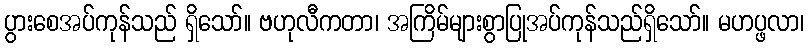
ပွားစေအပ်ကုန်သည် ရှိသော်။ ဗဟုလီကတာ၊ အကြိမ်များစွာပြုအပ်ကုန်သည်ရှိသော်။ မဟပ္ဖလာ၊